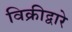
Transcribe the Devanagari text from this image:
विक्रीद्वारे